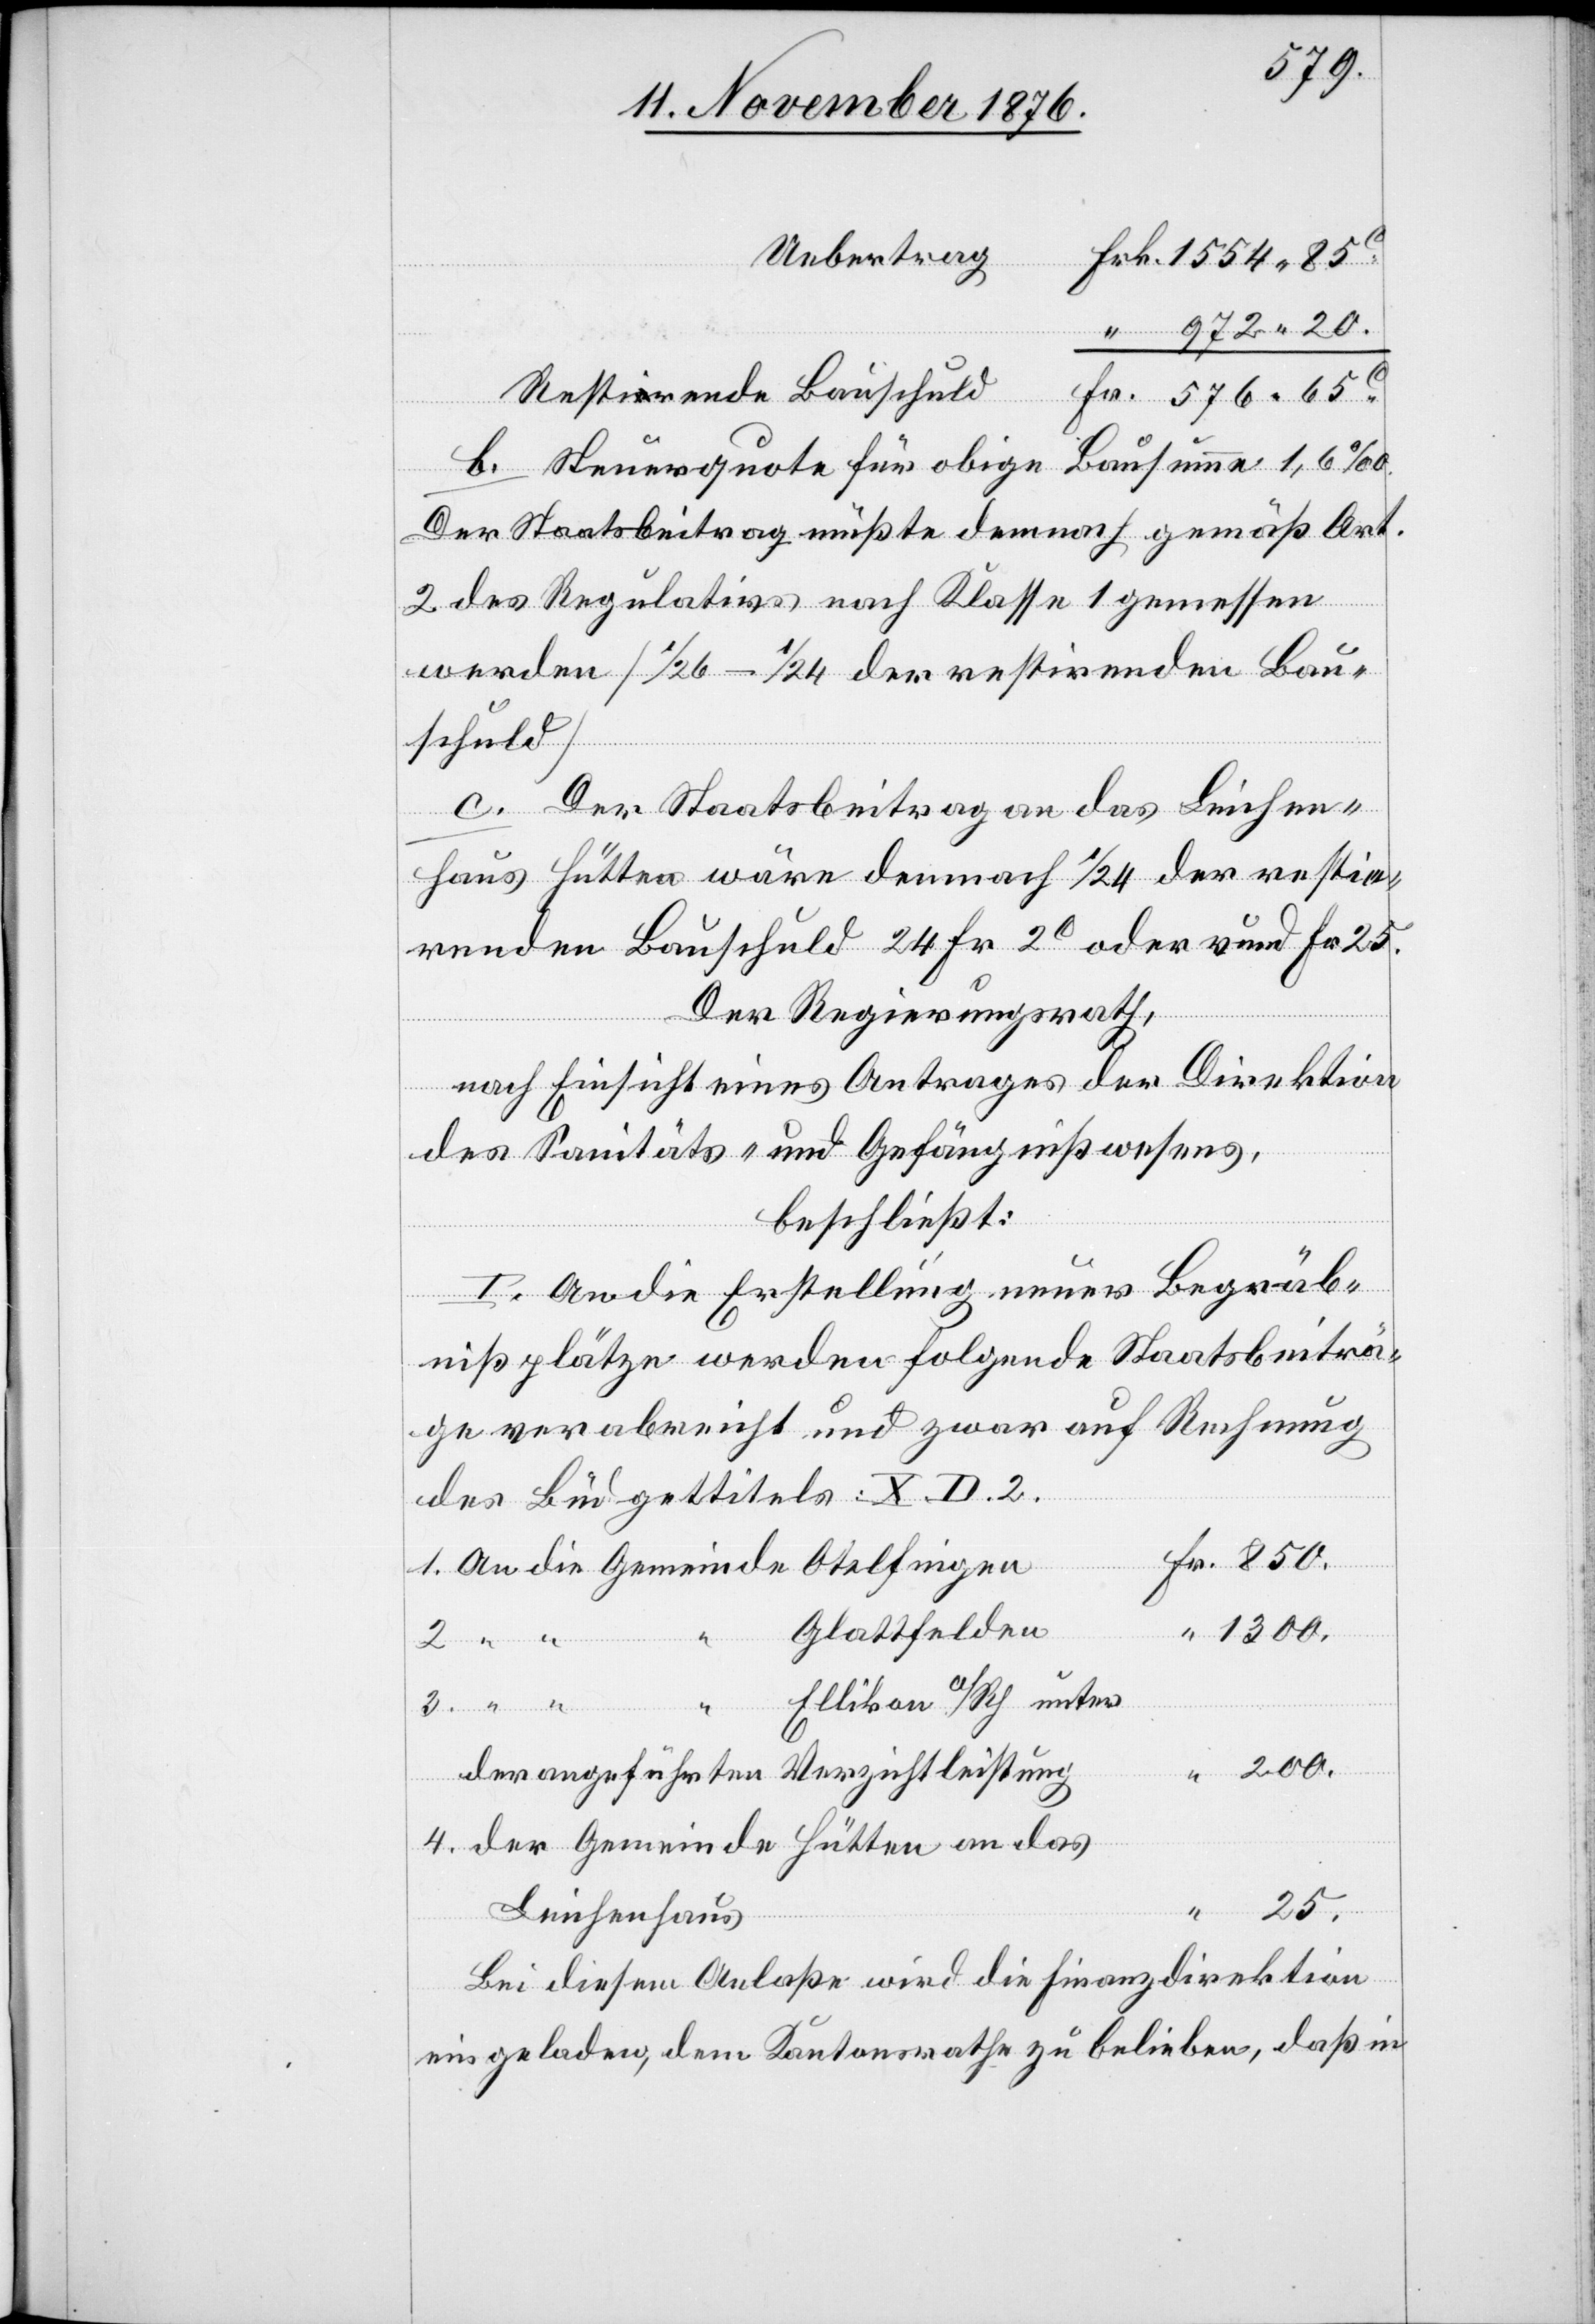
Uebertrag
Resultirende Bauschuld
Bausumme 1,6‰.
das
b. Steuerquote für obige
Der Staatsbeitrag müßte demnach gemäß Art.
2 des Regulativs nach Klasse 1 gemessen
werden [1/26–1/24 der restirenden Bau¬
schuld][.]
c. Der Staatsbeitrag an das Leichen¬
haus Hütten wäre demnach 1/24 der resti¬
renden Bauschuld 24 Fr. 2c oder rund Fr. 25.
Der Regierungsrath,
nach Einsicht eines Antrages der Direktion
des Sanitäts- und Gefängnißwesens,
beschließt:
I. An die Erstellung neuer Begräb¬
nißplätze werden folgende Staatsbeiträ¬
ge verabreicht und zwar auf Rechnung
des Büdgettitels: X. D. 2.
25.
Glattfelden
1300.
Hütten an
200.
Ellikon a/Rh. unter
der angeführten Verzichtleistung
Leichenhaus
Bei diesem Anlaße wird die Finanzdirektion
eingeladen, dem Kantonsrathe zu belieben, daß in